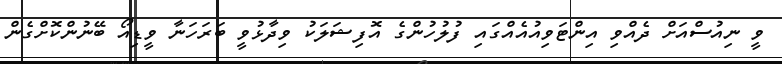
ވީ ނިއުސްއަށް ދެއްވި އިންޓަވިއުއެއްގައި ފުލުހުންގެ އޮފިޝަލަކު ވިދާޅުވީ ބަރަހަނާ ވީޑިއޯ ބޭނުންކޮށްގެން